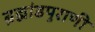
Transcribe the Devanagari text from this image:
ब्रह्मांडपुराणी